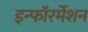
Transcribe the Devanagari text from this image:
इन्फाॅरर्मेशन